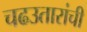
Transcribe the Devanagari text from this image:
चढउतारांची